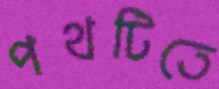
পথটিতে